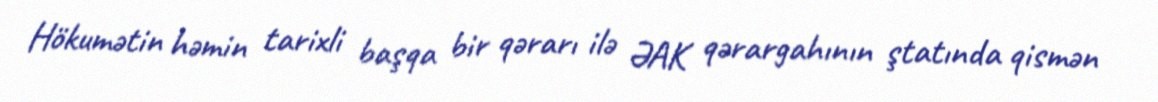
Hökumətin həmin tarixli başqa bir qərarı ilə ƏAK qərargahının ştatında qismən